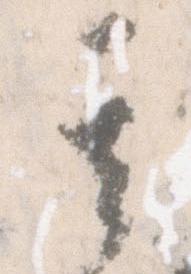
其